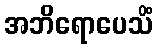
အဘိရောပေသိံ